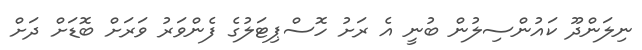
ނިލަންދޫ ކައުންސިލުން ބުނީ އެ ރަށު ހޮސްޕިޓަލުގެ ފެންވަރު ވަރަށް ބޮޑަށް ދަށް